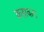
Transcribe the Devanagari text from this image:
कहावता